Insane asylums Bombay 1873-77 - 1873-1877
Year: 1873
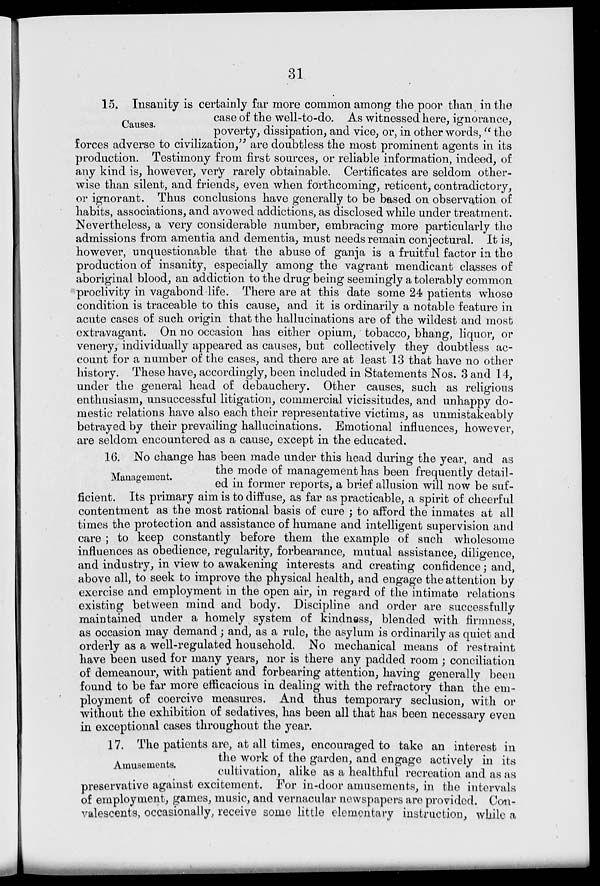
31
Causes.
15. Insanity is certainly far more common among the poor than in the
case of the well-to-do. As witnessed here, ignorance,
poverty, dissipation, and vice, or, in other words, " the
forces adverse to civilization," are doubtless the most prominent agents in its
production. Testimony from first sources, or reliable information, indeed, of
any kind is, however, very rarely obtainable. Certificates are seldom other-
wise than silent, and friends, even when forthcoming, reticent, contradictory,
or ignorant. Thus conclusions have generally to be based on observation of
habits, associations, and avowed addictions, as disclosed while under treatment.
Nevertheless, a very considerable number, embracing more particularly the
admissions from amentia and dementia, must needs remain conjectural. It is,
however, unquestionable that the abuse of ganja is a fruitful factor in the
production of insanity, especially among the vagrant mendicant classes of
aboriginal blood, an addiction to the drug being seemingly a tolerably common
proclivity in vagabond life. There are at this date some 24 patients whose
condition is traceable to this cause, and it is ordinarily a notable feature in
acute cases of such origin that the hallucinations are of the wildest and most
extravagant. On no occasion has either opium, tobacco, bhang, liquor, or
venery, individually appeared as causes, but collectively they doubtless ac-
count for a number of the cases, and there are at least 13 that have no other
history. These have, accordingly, been included in Statements Nos. 3 and 14,
under the general head of debauchery. Other causes, such as religious
enthusiasm, unsuccessful litigation, commercial vicissitudes, and unhappy do-
mestic relations have also each their representative victims, as unmistakeably
betrayed by their prevailing hallucinations. Emotional influences, however,
are seldom encountered as a cause, except in the educated.
Management.
16. No change has been made under this head during the year, and as
the mode of management has been frequently detail-
ed in former reports, a brief allusion will now be suf-
ficient. Its primary aim is to diffuse, as far as practicable, a spirit of cheerful
contentment as the most rational basis of cure ; to afford the inmates at all
times the protection and assistance of humane and intelligent supervision and
care ; to keep constantly before them the example of such wholesome
influences as obedience, regularity, forbearance, mutual assistance, diligence,
and industry, in view to awakening interests and creating confidence; and,
above all, to seek to improve the physical health, and engage the attention by
exercise and employment in the open air, in regard of the intimate relations
existing between mind and body. Discipline and order are successfully
maintained under a homely system of kindness, blended with firmness,
as occasion may demand; and, as a rule, the asylum is ordinarily as quiet and
orderly as a well-regulated household. No mechanical means of restraint
have been used for many years, nor is there any padded room ; conciliation
of demeanour, with patient and forbearing attention, having generally been
found to be far more efficacious in dealing with the refractory than the em-
ployment of coercive measures. And thus temporary seclusion, with or
without the exhibition of sedatives, has been all that has been necessary even
in exceptional cases throughout the year.
Amusements.
17. The patients are, at all times, encouraged to take an interest in
the work of the garden, and engage actively in its
cultivation, alike as a healthful recreation and as as
preservative against excitement. For in-door amusements, in the intervals
of employment, games, music, and vernacular newspapers are provided. Con-
valescents, occasionally, receive some little elementary instruction, while a